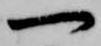
一